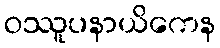
ဝဿူပနာယိကေန